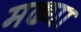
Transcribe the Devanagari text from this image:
मढ्या